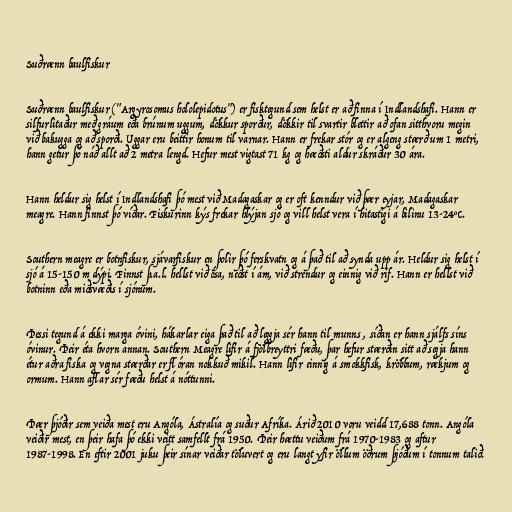
Suðrænn baulfiskur

Suðrænn baulfiskur ("Argyrosomus hololepidotus") er fisktegund sem helst er að finna í Indlandshafi. Hann er
silfurlitaður með gráum eða brúnum uggum, dökkur sporður, dökkir til svartir blettir að ofan sitthvoru megin
við bakugga og að sporði. Uggar eru beittir honum til varnar. Hann er frekar stór og er algeng stærð um 1 metri,
hann getur þó náð allt að 2 metra lengd. Hefur mest vigtast 71 kg og hæðsti aldur skráður 30 ára.

Hann heldur sig helst í Indlandshafi þó mest við Madagaskar og er oft kenndur við þær eyjar, Madagaskar
meagre. Hann finnst þó víðar. Fiskurinn kýs frekar hlýjan sjó og vill helst vera í hitastigi á bilinu 13-24°C.

Southern meagre er botnfiskur, sjávarfiskur en þolir þó ferskvatn og á það til að synda upp ár. Heldur sig helst í
sjó á 15-150 m dýpi. Finnst þ.a.l. hellst við ósa, neðst í ám, við strendur og einnig við rif. Hann er hellst við
botninn eða miðsvæðis í sjónum.

Þessi tegund á ekki marga óvini, hákarlar eiga það til að leggja sér hann til munns , síðan er hann sjálfs síns
óvinur. Þeir éta hvorn annan. Southern Meagre lifir á fjölbreyttri fæðu, þar hefur stærðin sitt að segja hann
étur aðra fiska og vegna stærðar er flóran nokkuð mikil. Hann lifir einnig á smokkfisk, kröbbum, rækjum og
ormum. Hann aflar sér fæðu helst á nóttunni.

Þær þjóðir sem veiða mest eru Angóla, Ástralía og suður Afríka. Árið 2010 voru veidd 17,688 tonn. Angóla
veiðir mest, en þeir hafa þó ekki veitt samfellt frá 1950. Þeir hættu veiðum frá 1970-1983 og aftur
1987-1998. En eftir 2001 juku þeir sínar veiðar töluvert og eru langt yfir öllum öðrum þjóðum í tonnum talið.